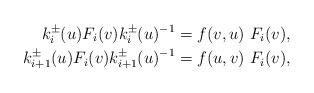
LaTeX: \begin{align*}k^{\pm}_i(u) F_i(v) k^{\pm}_i(u)^{-1}&=f(v,u)\ F_i(v),\\k^{\pm}_{i+1}(u)F_i(v)k^{\pm}_{i+1}(u)^{-1}&=f(u,v)\ F_i(v),\end{align*}